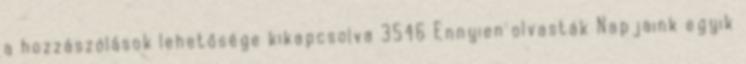
a hozzászólások lehetősége kikapcsolva 3546 Ennyien olvasták Napjaink egyik